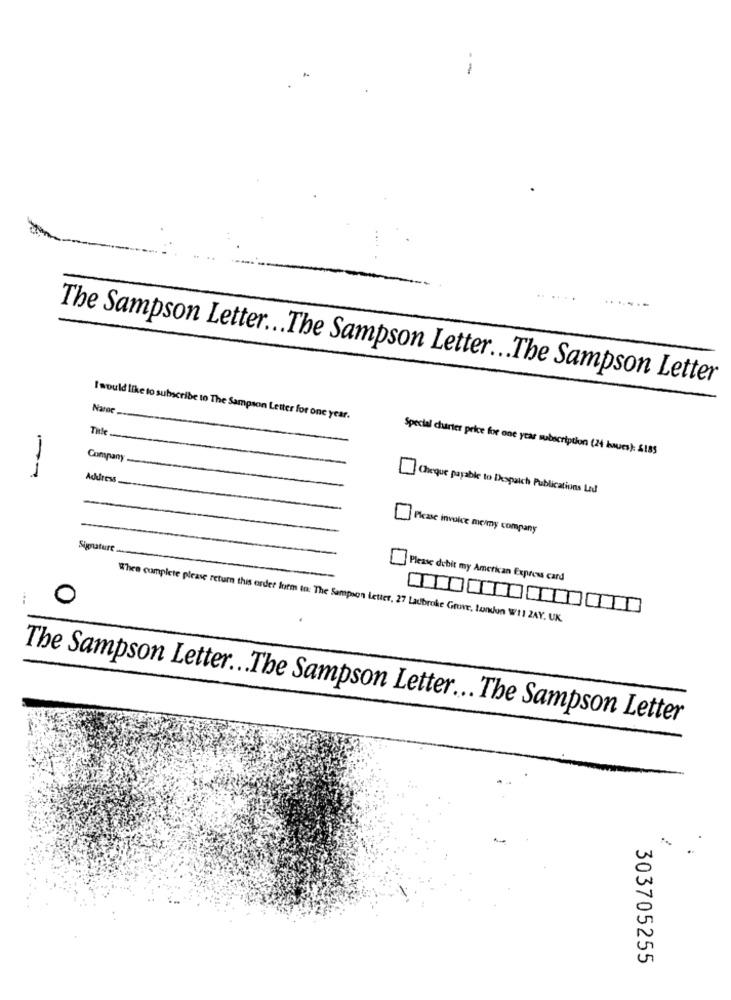
-
The Sampson Letter ... The Sampson Letter ... The Sampson Letter
I would like to subscribe to The Sampson Letter for one year.
Title
Special charter price for one year subscription (24 issues): $185
Company
Address
Cheque payable to Despatch Publications Lad
Please invoice melmy company
Signature
Please dchit my American Express card
When complete please return this order form to: The Sampson letter, 27 Ladbroke Grove, London W !! ZAY. UK.
The Sampson Letter ... The Sampson Letter ... The Sampson Letter
303705255